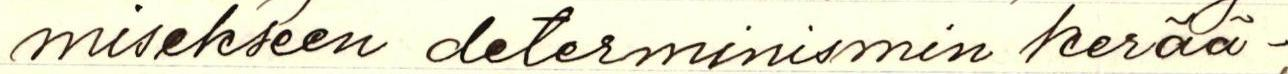
misekseen determinismin kerää-